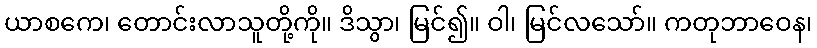
ယာစကေ၊ တောင်းလာသူတို့ကို။ ဒိသွာ၊ မြင်၍။ ဝါ၊ မြင်လသော်။ ကတုဘာဝေန၊